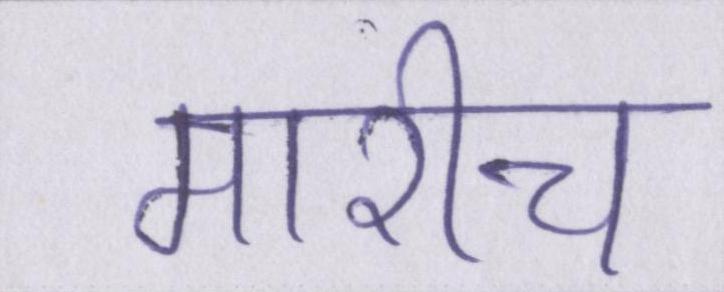
मारीच